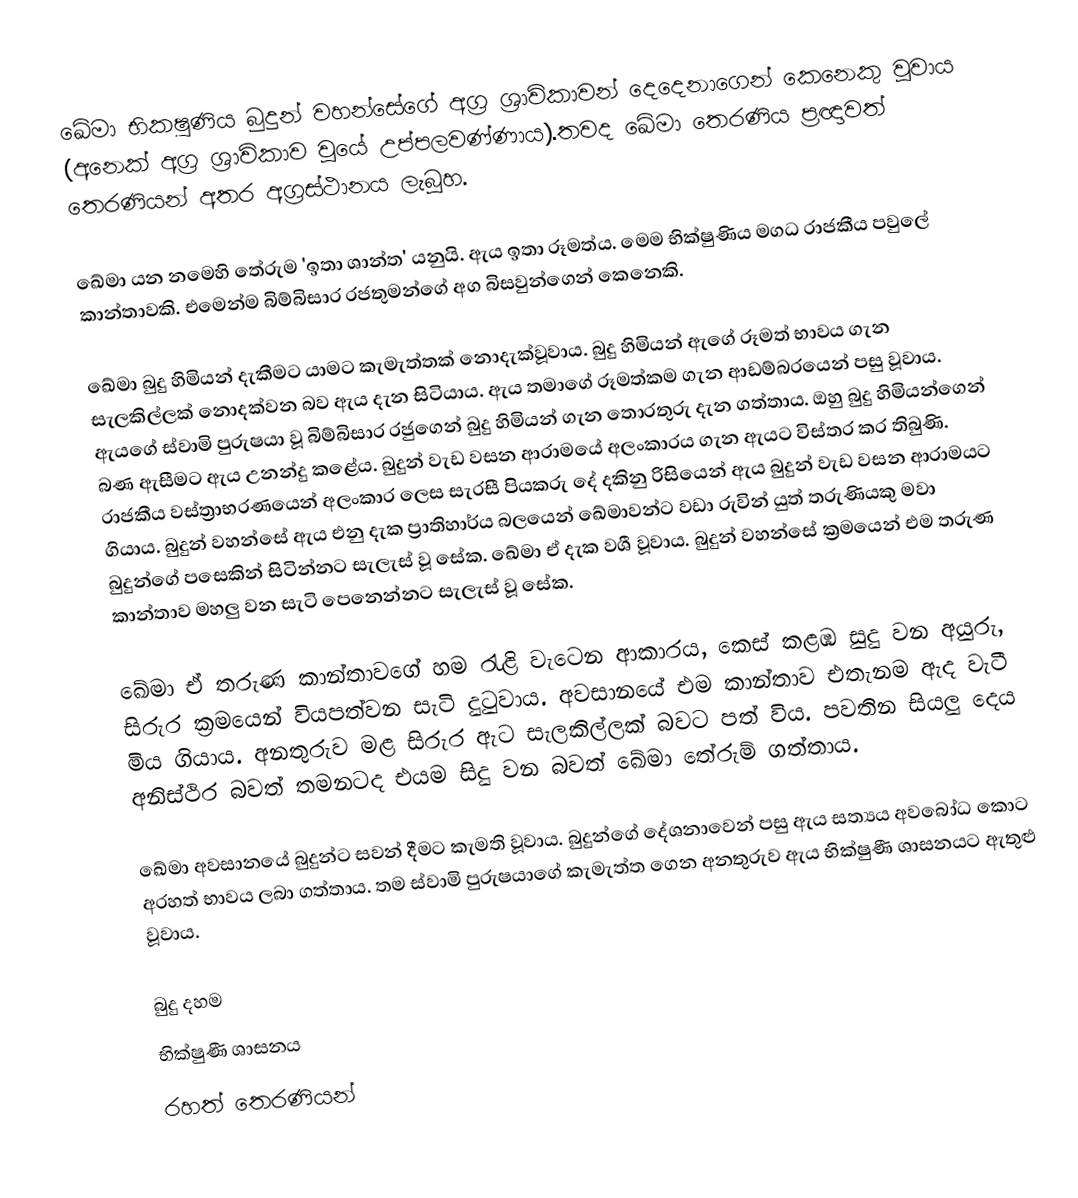
ඛේමා භිකෂුණිය බුදුන් වහන්සේගේ අග්‍ර ශ්‍රාවිකාවන් දෙදෙනාගෙන් කෙනෙකු වූවාය (අනෙක් අග්‍ර ශ්‍රාවිකාව වූයේ උප්පලවණ්ණාය).තවද ඛේමා තෙරණිය ප්‍රඥාවත් තෙරණියන් අතර අග්‍රස්ථානය ලැබූහ.

ඛේමා යන නමෙහි තේරුම 'ඉතා ශාන්ත' යනුයි. ඇය ඉතා රූමත්ය. මෙම භික්ෂුණිය මගධ රාජකීය පවුලේ කාන්තාවකි. එමෙන්ම බිම්බිසාර රජතුමන්ගේ අග බිසවුන්ගෙන් කෙනෙකි.

ඛේමා බුදු හිමියන් දැකීමට යාමට කැමැත්තක් නොදැක්වූවාය. බුදු හිමියන් ඇගේ  රූමත් භාවය ගැන සැලකිල්ලක් නොදක්වන බව ඇය දැන සිටියාය. ඇය තමාගේ රූමත්කම ගැන ආඩම්බරයෙන් පසු වූවාය. ඇයගේ ස්වාමි පුරුෂයා වූ බිම්බිසාර රජුගෙන් බුදු හිමියන් ගැන තොරතුරු දැන ගත්තාය. ඔහු බුදු හිමියන්ගෙන් බණ ඇසීමට ඇය උනන්දු කළේය. බුදුන් වැඩ වසන ආරාමයේ අලංකාරය ගැන ඇයට විස්තර කර තිබුණි. රාජකීය වස්ත්‍රාභරණයෙන් අලංකාර ලෙස සැරසී පියකරු දේ දකිනු රිසියෙන් ඇය බුදුන් වැඩ වසන ආරාමයට ගියාය. බුදුන් වහන්සේ ඇය එනු දැක ප්‍රාතිහාර්ය බලයෙන් ඛේමාවන්ට වඩා රුවින් යුත් තරුණියකු මවා බුදුන්ගේ පසෙකින් සිටින්නට සැලැස් වූ සේක. ඛේමා ඒ දැක වශී වූවාය.  බුදුන් වහන්සේ ක්‍රමයෙන් එම තරුණ කාන්තාව මහලු වන සැටි පෙනෙන්නට සැලැස් වූ සේක.

ඛේමා ඒ තරුණ කාන්තාවගේ හම රැළි වැටෙන ආකාරය, කෙස් කළඹ සුදු වන අයුරු, සිරුර ක්‍රමයෙන් වියපත්වන සැටි දුටුවාය. අවසානයේ එම කාන්තාව එතැනම ඇද වැටී මිය ගියාය. අනතුරුව මළ සිරුර ඇට සැලකිල්ලක් බවට පත් විය. පවතින සියලු දෙය අනිස්ථිර බවත් තමනටද එයම සිදු වන බවත් ඛේමා තේරුම් ගත්තාය.

ඛේමා අවසානයේ බුදුන්ට සවන් දීමට කැමති වූවාය. බුදුන්ගේ දේශනාවෙන් පසු ඇය සත්‍යය අවබෝධ කොට අරහත් භාවය ලබා ගත්තාය. තම ස්වාමි පුරුෂයාගේ කැමැත්ත ගෙන අනතුරුව ඇය භික්ෂුණී ශාසනයට ඇතුළු වූවාය.

බුදු දහම
භික්ෂුණී ශාසනය
රහත් තෙරණියන්